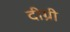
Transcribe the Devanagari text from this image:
दीग्री